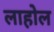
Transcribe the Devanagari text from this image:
लाहोल